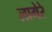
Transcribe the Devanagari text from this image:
लागेरे